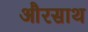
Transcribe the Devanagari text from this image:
औरसाथ